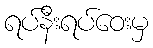
ရပ်နီးရပ်ဝေးမှ